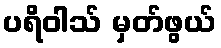
ပရိဝါသ် မှတ်ဖွယ်